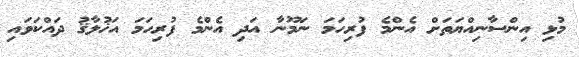
މުޅި އިންސާނިއްޔަތަށް އެންމެ ފުރިހަމަ ނަމޫނާ އަދި އެންމެ ފުރިހަމަ އަޚުލާޤު ދައްކަވައި